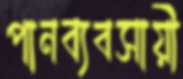
পানব্যবসায়ী